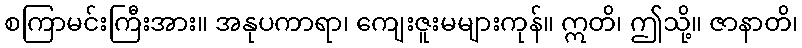
စကြာမင်းကြီးအား။ အနုပကာရာ၊ ကျေးဇူးမများကုန်။ ဣတိ၊ ဤသို့။ ဇာနာတိ၊